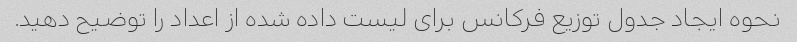
نحوه ایجاد جدول توزیع فرکانس برای لیست داده شده از اعداد را توضیح دهید.